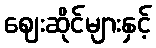
ဈေးဆိုင်များနှင့်